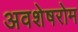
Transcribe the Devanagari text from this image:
अवशेषरोम